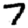
Digit: 7